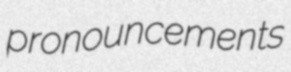
pronouncements